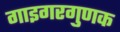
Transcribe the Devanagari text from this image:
गाइगरगुणक